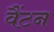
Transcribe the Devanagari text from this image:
वैंटन